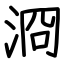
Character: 浻